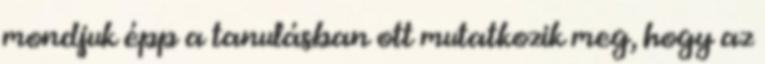
mondjuk épp a tanulásban ott mutatkozik meg, hogy az